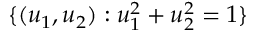
\{ ( u _ { 1 } , u _ { 2 } ) : u _ { 1 } ^ { 2 } + u _ { 2 } ^ { 2 } = 1 \}